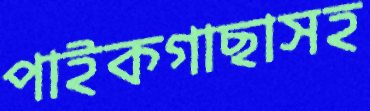
পাইকগাছাসহ